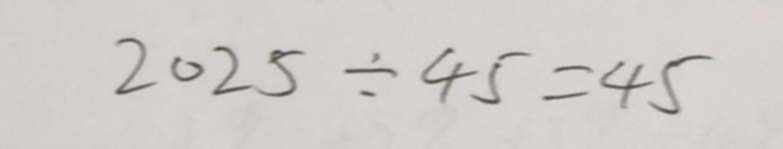
2 0 2 5 \div 4 5 = 4 5